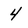
Character: 4